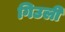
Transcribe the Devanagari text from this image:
गिउली